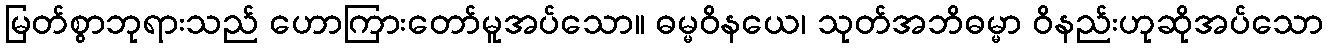
မြတ်စွာဘုရားသည် ဟောကြားတော်မူအပ်သော။ ဓမ္မဝိနယေ၊ သုတ်အဘိဓမ္မာ ဝိနည်းဟုဆိုအပ်သော